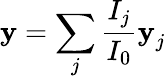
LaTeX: \textbf{y}=\sum_{j}\frac{I_{j}}{I_{0}}\textbf{y}_{j}